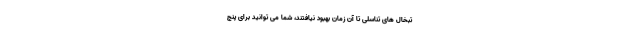
تبخال های تناسلی تا آن زمان بهبود نیافتند، شما می توانید برای پنج